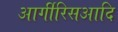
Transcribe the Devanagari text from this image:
आर्गीरिसआदि